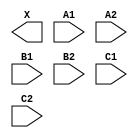
module sky130_fd_sc_hs__a222o (
    X ,
    A1,
    A2,
    B1,
    B2,
    C1,
    C2
);

    output X ;
    input  A1;
    input  A2;
    input  B1;
    input  B2;
    input  C1;
    input  C2;

    // Voltage supply signals
    supply1 VPWR;
    supply0 VGND;

endmodule